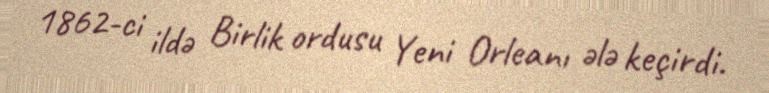
1862-ci ildə Birlik ordusu Yeni Orleanı ələ keçirdi.